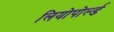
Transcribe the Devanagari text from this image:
लियोपोर्ल्ड